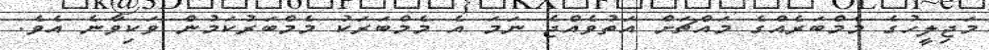
މަޖިލީހުގެ މެމްބަރެއްގެ މައްޗަށް އަތުވެއްޖެ ނަމަ އެ މެމްބަރަކު މެމްބަރުކަމުން ވަކިވާނެ އެވެ.